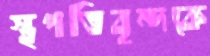
স্থপতিবৃন্দকে